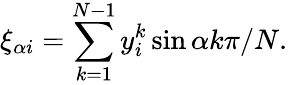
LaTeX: \xi_{\alpha i}=\sum_{k=1}^{N-1}y_{i}^{k}\sin\alpha k\pi/N.